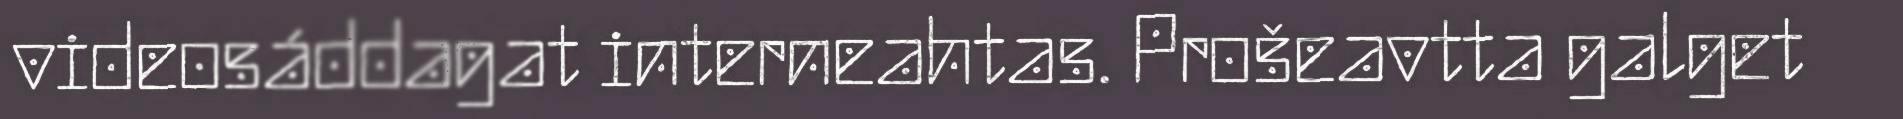
videosáddagat interneahtas. Prošeavtta galget